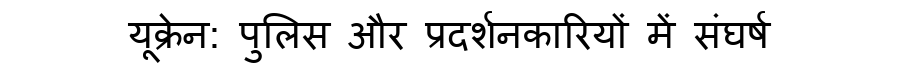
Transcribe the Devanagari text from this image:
यूक्रेन: पुलिस और प्रदर्शनकारियों में संघर्ष